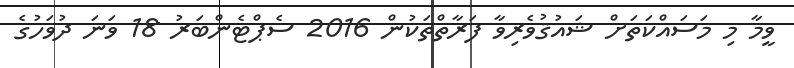
ވީމާ މި މަސައްކަތަށް ޝައުޤުވެރިވާ ފަރާތްތަކުން 2016 ސެޕްޓެންބަރު 18 ވަނަ ދުވަހުގެ